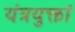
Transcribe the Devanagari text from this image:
यंत्रयुक्तां